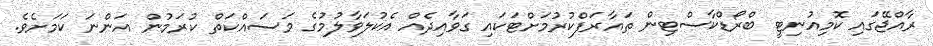
ރާއްޖޭގައި ކޮމިއުނިޓީ ބްރޯޑްކާސްޓިން ތައާރަފްކުރުމަށްޓަކައި ގަވާއިދެއް އެކުލަވާލުމުގެ މަސައްކަތް ކުރަމުން އަންނަ ކަމަށެވެ.